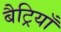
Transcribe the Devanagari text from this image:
बैट्रियाँ